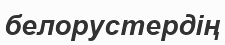
белорустердің